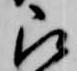
被